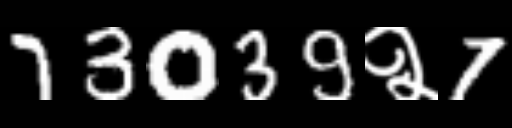
Text: 73039२7